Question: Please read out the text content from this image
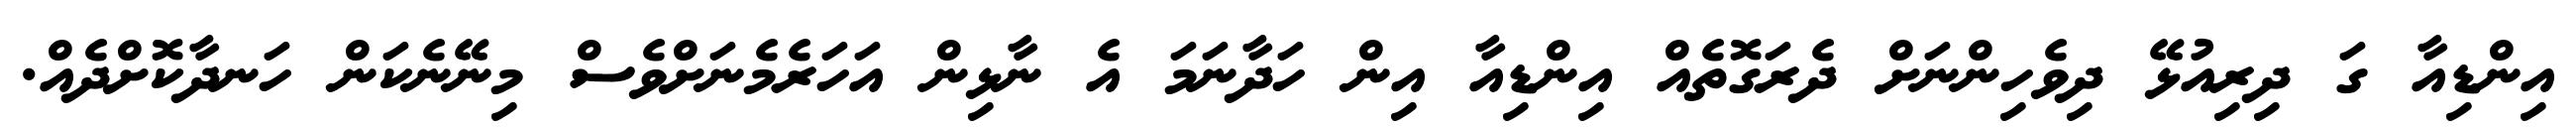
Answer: އިންޑިއާ ގަ ދިރިއުޅޭ ދިވެހިންނަށް ދެރަގޮތެއް އިންޑިއާ އިން ހަދާނަމަ އެ ނާޅިން އަހަރެމެނަށްވެސް މިނޭނެކަން ހަނދާކޮށްދެއް.